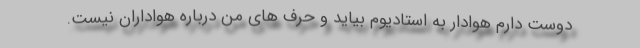
دوست دارم هوادار به استادیوم بیاید و حرف های من درباره هواداران نیست.